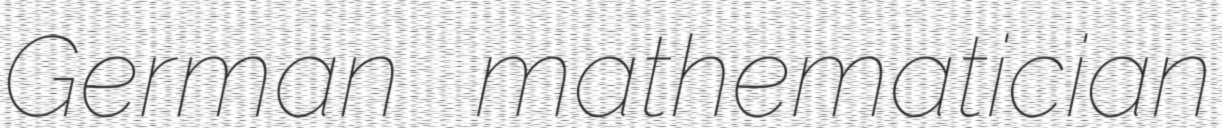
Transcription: German mathematician